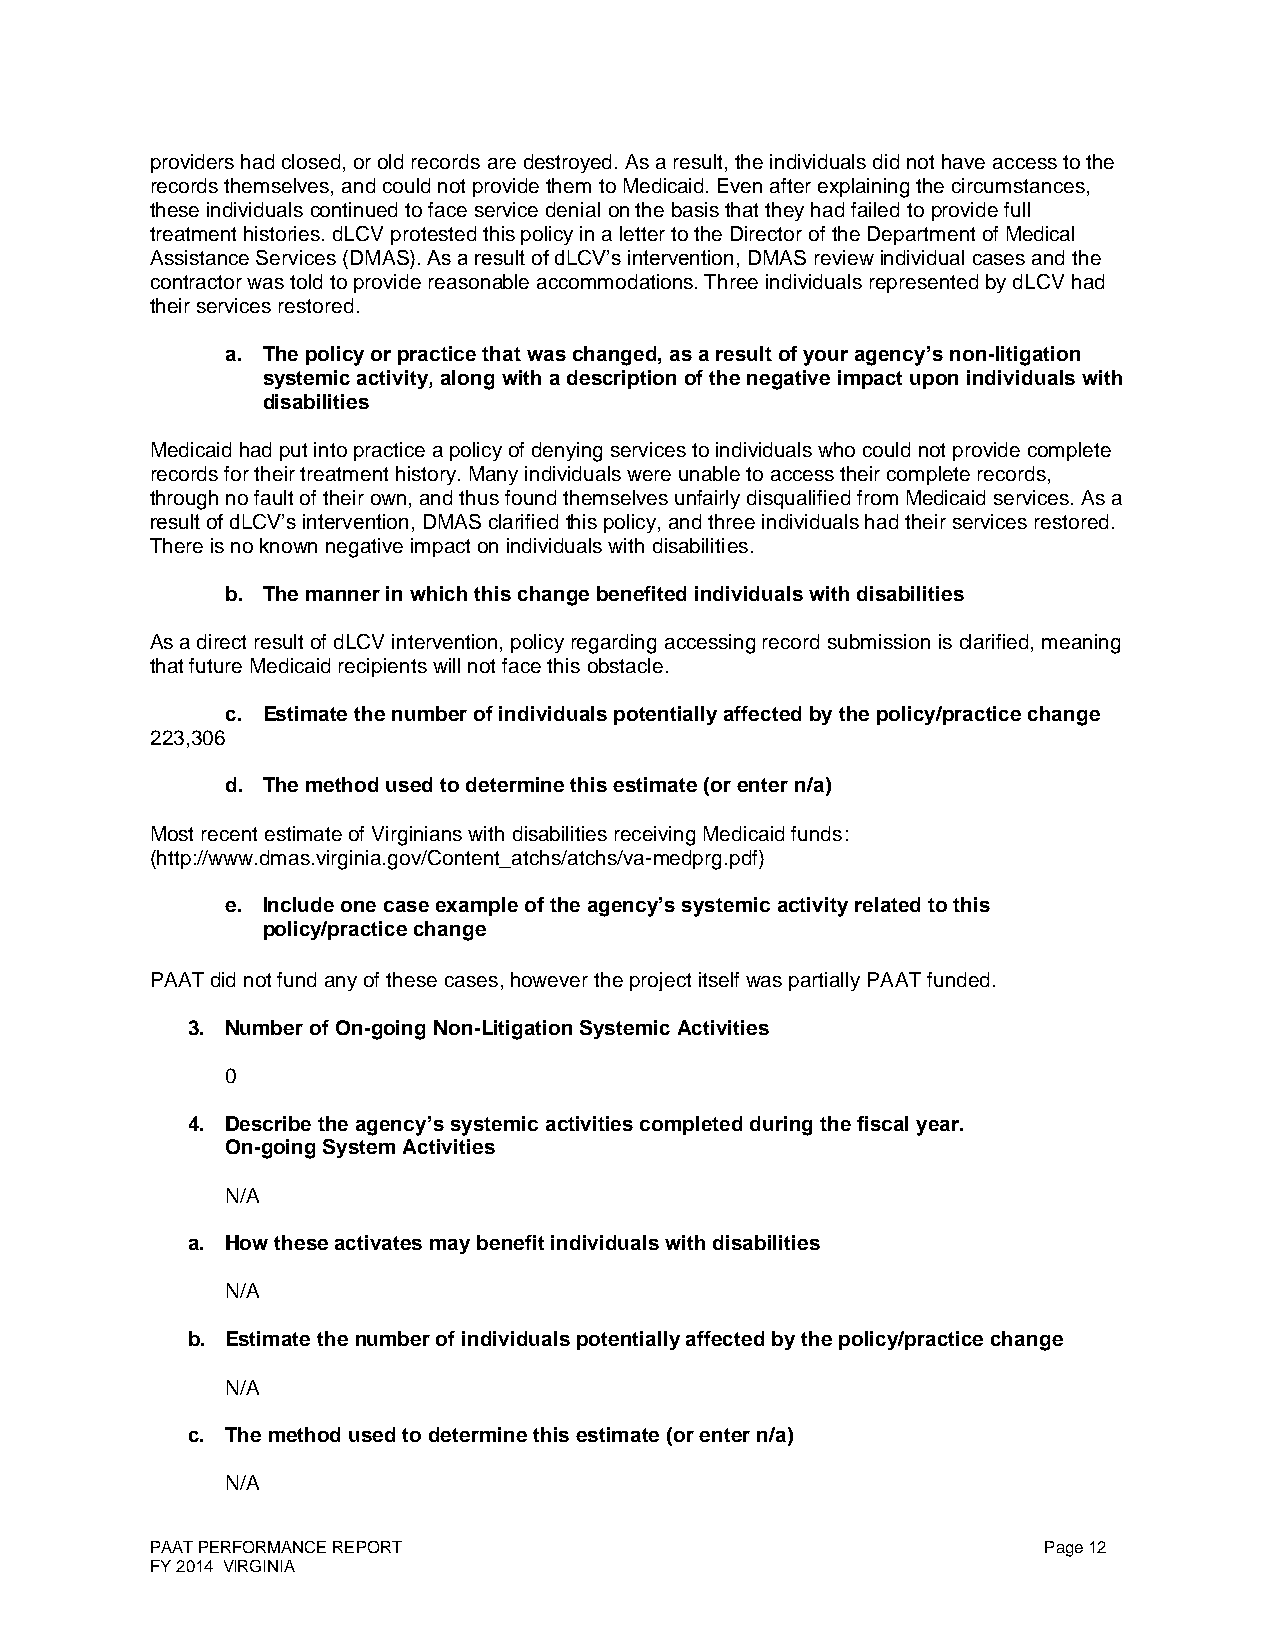
providers had closed, or old records are destroyed. As a result, the individuals did not have access to the
 records themselves, and could not provide them to Medicaid. Even after explaining the circumstances,
 these individuals continued to face service denial on the basis that they had failed to provide full
 treatment histories. dLCV protested this policy in a letter to the Director of the Department of Medical
 Assistance Services (DMAS). As a result of dLCV’s intervention, DMAS review individual cases and the
 contractor was told to provide reasonable accommodations. Three individuals represented by dLCV had
 their services restored.
 a. The policy or practice that was changed, as a result of your agency’s non-litigation
 systemic activity, along with a description of the negative impact upon individuals with
 disabilities
 Medicaid had put into practice a policy of denying services to individuals who could not provide complete
 records for their treatment history. Many individuals were unable to access their complete records,
 through no fault of their own, and thus found themselves unfairly disqualified from Medicaid services. As a
 result of dLCV’s intervention, DMAS clarified this policy, and three individuals had their services restored.
 There is no known negative impact on individuals with disabilities.
 b. The manner in which this change benefited individuals with disabilities
 As a direct result of dLCV intervention, policy regarding accessing record submission is clarified, meaning
 that future Medicaid recipients will not face this obstacle.
 c. Estimate the number of individuals potentially affected by the policy/practice change
 223,306
 d. The method used to determine this estimate (or enter n/a)
 Most recent estimate of Virginians with disabilities receiving Medicaid funds:
 (http://www.dmas.virginia.gov/Content_atchs/atchs/va-medprg.pdf)
 e. Include one case example of the agency’s systemic activity related to this
 policy/practice change
 PAAT did not fund any of these cases, however the project itself was partially PAAT funded.
 3. Number of On-going Non-Litigation Systemic Activities
 0
 4. Describe the agency’s systemic activities completed during the fiscal year.
 On-going System Activities
 N/A
 a. How these activates may benefit individuals with disabilities
 N/A
 b. Estimate the number of individuals potentially affected by the policy/practice change
 N/A
 c. The method used to determine this estimate (or enter n/a)
 N/A
 PAAT PERFORMANCE REPORT                                    Page 12
 FY 2014 VIRGINIA